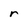
Character: r